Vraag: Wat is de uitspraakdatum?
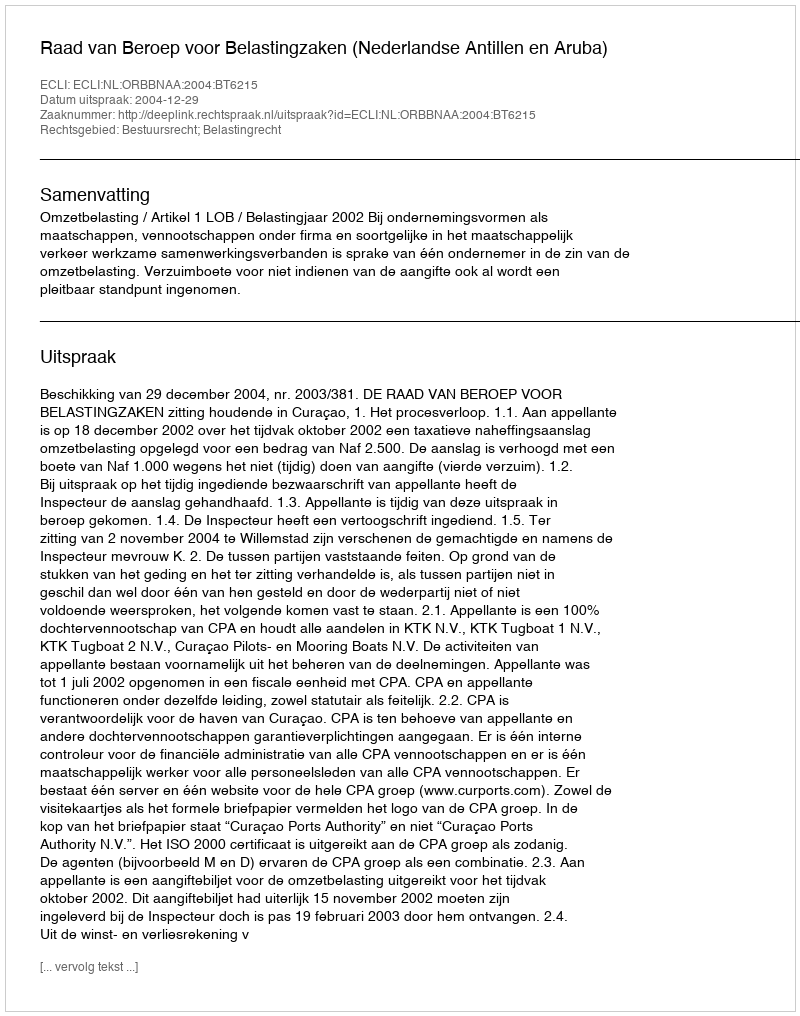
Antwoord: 2004-12-29